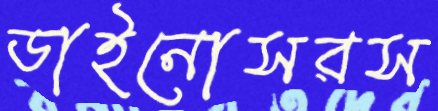
ডাইনোসরস